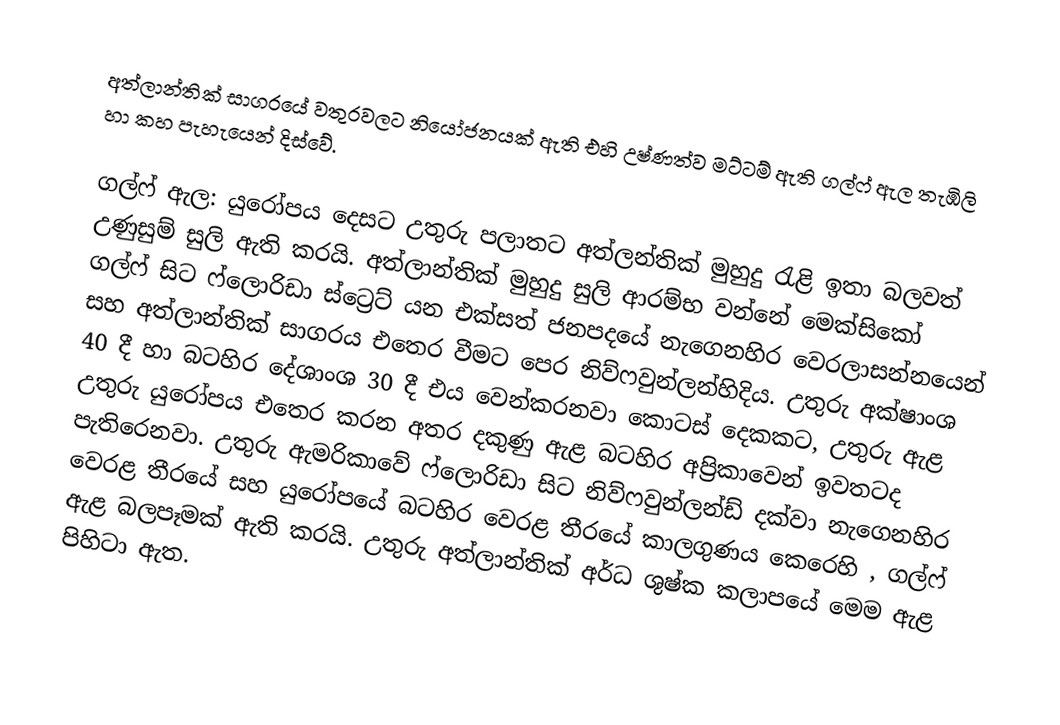
අත්ලාන්තික් සාගරයේ වතුරවලට නියෝජනයක් ඇති එහි උෂ්ණත්ව මට්ටම් ඇති ගල්ෆ් ඇල තැඹිලි හා කහ පැහැයෙන් දිස්වේ.

ගල්ෆ් ඇල: යුරෝපය දෙසට උතුරු පලාතට අත්ලන්තික් මුහුදු රැළි ඉතා බලවත් උණුසුම් සුලි ඇති කරයි. අත්ලාන්තික් මුහුදු සුලි ආරම්භ වන්නේ මෙක්සිකෝ ගල්ෆ් සිට ෆ්ලොරිඩා ස්ට්‍රෙට් යන එක්සත් ජනපදයේ නැගෙනහිර වෙරලාසන්නයෙන් සහ අත්ලාන්තික් සාගරය එතෙර වීමට පෙර නිව්ෆවුන්ලන්හිදිය. උතුරු අක්ෂාංශ 40 දී හා බටහිර දේශාංශ 30 දී එය වෙන්කරනවා කොටස් දෙකකට, උතුරු ඇළ උතුරු යුරෝපය එතෙර කරන අතර දකුණු ඇළ බටහිර අප්‍රිකාවෙන් ඉවතටද පැතිරෙනවා. උතුරු ඇමරිකාවේ ෆ්ලොරිඩා සිට නිව්ෆවුන්ලන්ඩ් දක්වා නැගෙනහිර වෙරළ තීරයේ සහ යුරෝපයේ බටහිර වෙරළ තීරයේ කාලගුණය කෙරෙහි , ගල්ෆ් ඇළ බලපෑමක් ඇති කරයි. උතුරු අත්ලාන්තික් අර්ධ ශුෂ්ක කලාපයේ මෙම ඇළ පිහිටා ඇත.